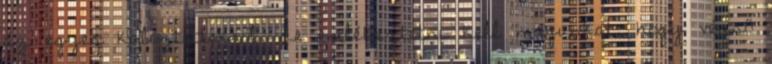
az egyes kalóztettekről, de emlékeztetni kell magunkat, hogy végső